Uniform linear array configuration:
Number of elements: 8
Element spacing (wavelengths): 1
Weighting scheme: exponential
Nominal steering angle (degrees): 60
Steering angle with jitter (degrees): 59.255
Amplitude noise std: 0.05
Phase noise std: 0.05

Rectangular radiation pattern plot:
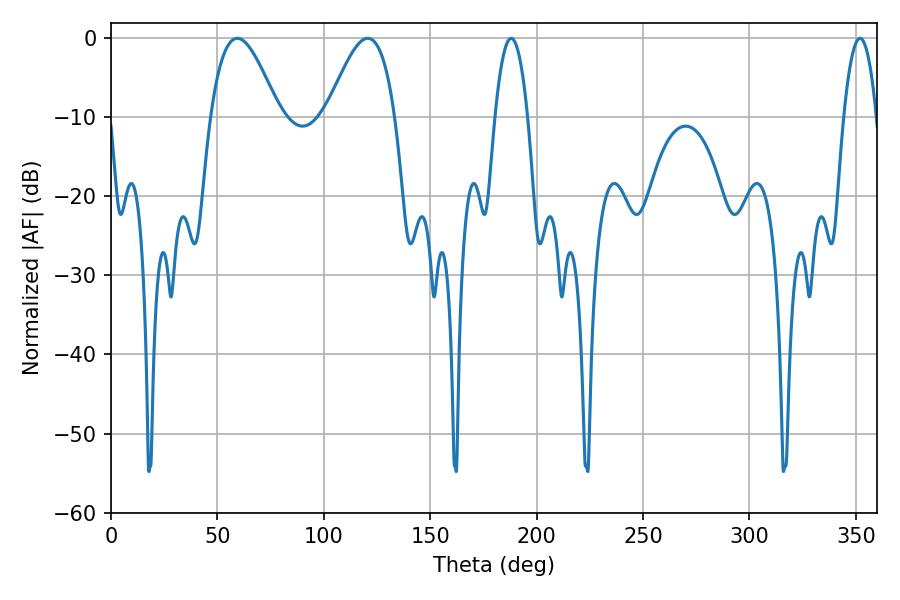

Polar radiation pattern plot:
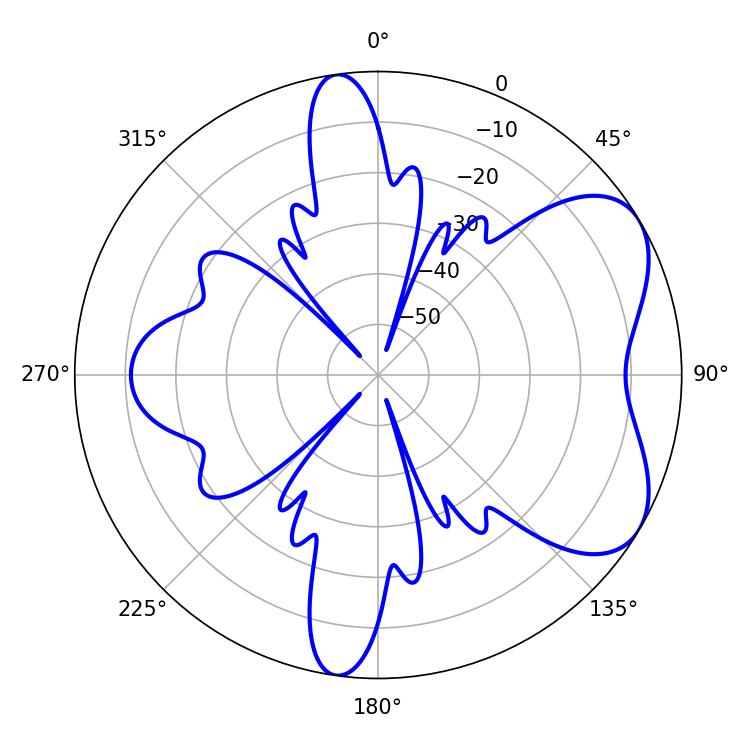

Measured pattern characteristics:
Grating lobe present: TRUE
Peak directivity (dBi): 5.851
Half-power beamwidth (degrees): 17.28
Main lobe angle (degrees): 59.4